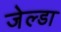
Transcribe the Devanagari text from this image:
जेल्डा